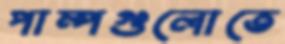
পাম্পগুলোতে